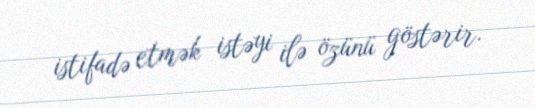
istifadə etmək istəyi ilə özünü göstərir.